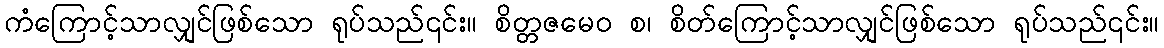
ကံကြောင့်သာလျှင်ဖြစ်သော ရုပ်သည်၎င်း။ စိတ္တဇမေဝ စ၊ စိတ်ကြောင့်သာလျှင်ဖြစ်သော ရုပ်သည်၎င်း။